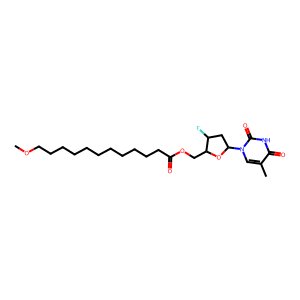
SMILES: COCCCCCCCCCCCC(=O)OCC1OC(n2cc(C)c(=O)[nH]c2=O)CC1F
Inhibits HIV replication: Yes